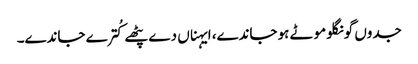
جدوں گونگلو موٹے ہو جاندے، ایہناں دے پٹھے کُترے جاندے۔